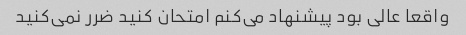
واقعا عالی بود پیشنهاد می‌کنم امتحان کنید ضرر نمی‌کنید